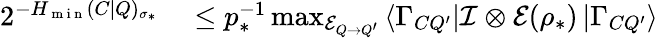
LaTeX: \begin{array}{rl}{2^{-H_{\mathrm{~m~i~n~}}(C|Q)_{\sigma_{\ast}}}}&{{}\leq p_{\ast}^{-1}\operatorname*{max}_{\mathcal{E}_{Q\rightarrow Q^{\prime}}}\left\langle\Gamma_{CQ^{\prime}}\right\vert\mathcal{I}\otimes\mathcal{E}(\rho_{\ast})\left\vert\Gamma_{CQ^{\prime}}\right\rangle}\end{array}